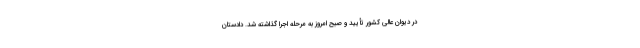
در دیوان عالی کشور تأیید و صبح امروز به مرحله اجرا گذاشته شد. دادستان